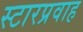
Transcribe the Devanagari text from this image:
स्टारप्रवाह